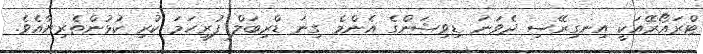
ޓްރައޯރޭއަކީ އިނގިރޭސި ދެވަނަ ޑިވިޝަންގެ އެންމެ ގިނަ ޑްރިބަލް ފުރިހަމަ ކުރި ކުޅުންތެރިޔާއެވެ.